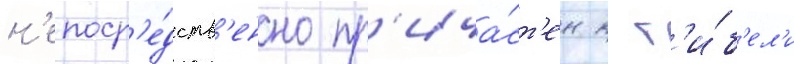
н'епоср'е́дств'енно пр'ича́ст'ен к г'и́б'ел'и